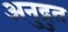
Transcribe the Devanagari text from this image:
अनुद्रुत